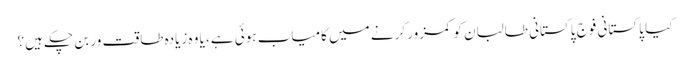
کیا پاکستانی فوج پاکستانی طالبان کو کمزور کرنے میں کامیاب ہوئی ہے، یا وہ زیادہ طاقت ور بن چکے ہیں؟